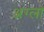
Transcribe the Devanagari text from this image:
अग्लो